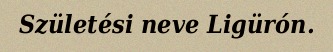
Születési neve Ligürón.